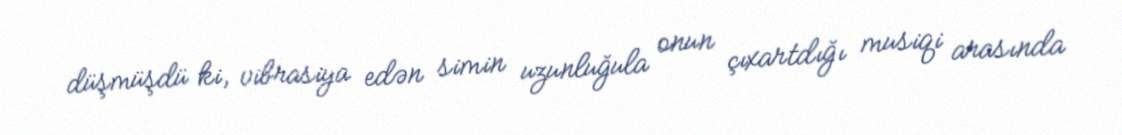
düşmüşdü ki, vibrasiya edən simin uzunluğula onun çıxartdığı musiqi arasında